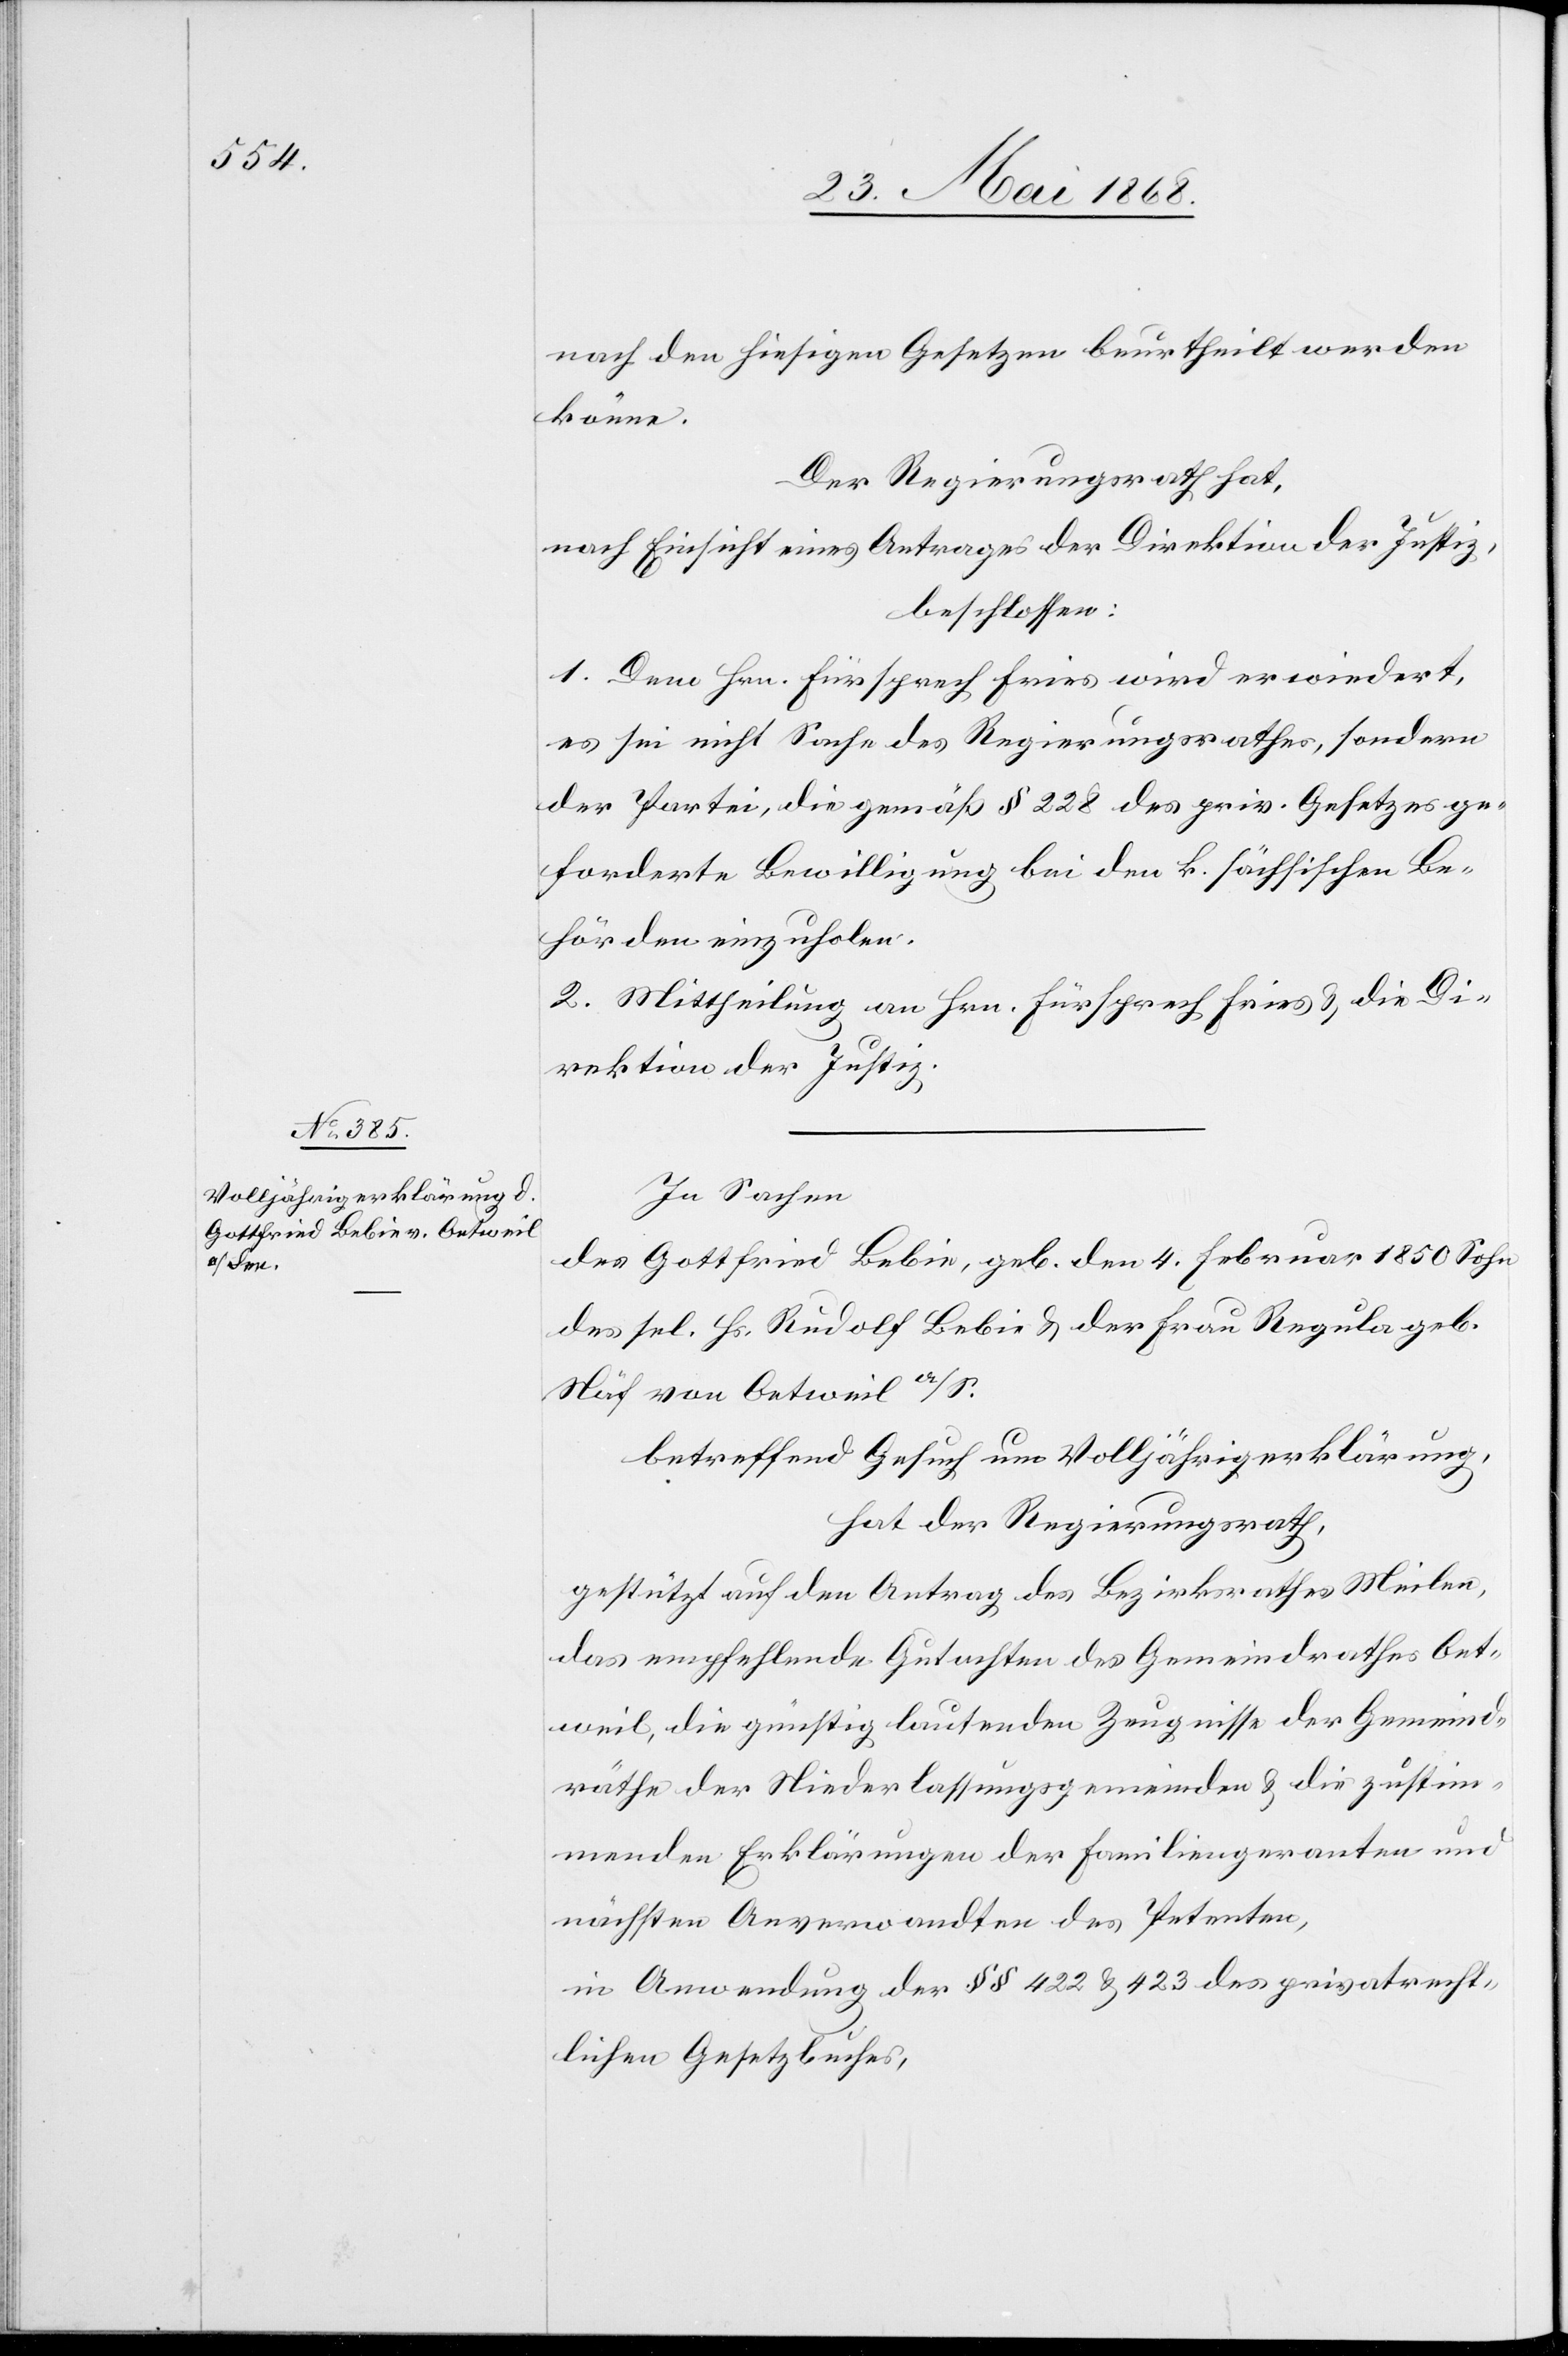
nach den hiesigen Gesetzen beurtheilt werden
könne.
Der Regierungsrath hat,
nach Einsicht eines Antrages der Direktion der Justiz,
beschlossen:
1. Dem Hrn. Fürsprech Fries wird erwiedert,
es sei nicht Sache des Regierungsrathes, sondern
der Partei, die gemäß § 228 des priv. Gesetzes ge¬
forderte Bewilligung bei den k. sächsischen Be¬
hörden einzuholen.
2. Mittheilung an Hrn. Fürsprech Fries & die Di¬
rektion der Justiz.
In Sachen
des Gottfried Bebie, geb. den 4. Februar 1850 Sohn
des sel. Hs. Rudolf Bebie & der Frau Regula geb.
Näf von Oetweil a/S.
betreffend Gesuch um Volljährigerklärung,
hat der Regierungsrath,
gestützt auf den Antrag des Bezirksrathes Meilen,
das empfehlende Gutachten des Gemeindrathes Oet¬
weil, die günstig lautenden Zeugnisse der Gemeind¬
räthe der Niederlassungsgemeinden & die zustim¬
menden Erklärungen der Familiengeranten und
nächsten Anverwandten des Petenten,
in Anwendung der §§ 422 & 423 des privatrecht¬
lichen Gesetzbuches,